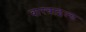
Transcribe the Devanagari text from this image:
वारचाइल्ड